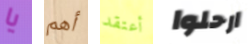
يا أهم أعتقد ارحلوا